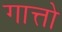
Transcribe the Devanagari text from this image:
गात्तो